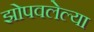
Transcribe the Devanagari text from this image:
झोपवलेल्या